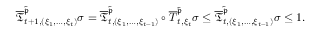
\begin{array} { r } { \overline { { \mathfrak { T } } } _ { t + 1 , ( \xi _ { 1 } , \dots , \xi _ { t } ) } ^ { \tilde { \mathfrak { p } } } \sigma = \overline { { \mathfrak { T } } } _ { t , ( \xi _ { 1 } , \dots , \xi _ { t - 1 } ) } ^ { \tilde { \mathfrak { p } } } \circ \overline { T } _ { t , \xi _ { t } } ^ { \tilde { \mathfrak { p } } } \sigma \le \overline { { \mathfrak { T } } } _ { t , ( \xi _ { 1 } , \dots , \xi _ { t - 1 } ) } ^ { \tilde { \mathfrak { p } } } \sigma \le 1 . } \end{array}